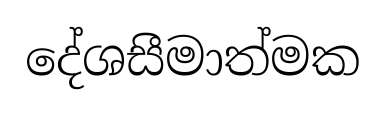
දේශසීමාත්මක